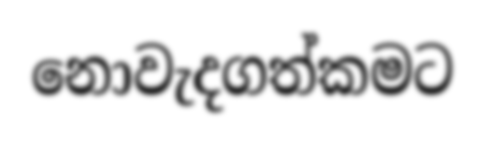
නොවැදගත්කමට